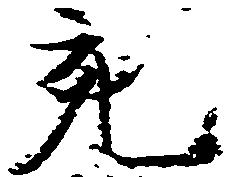
宛